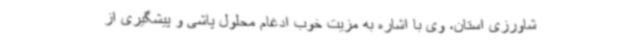
شاورزی استان، وی با اشاره به مزیت خوب ادغام محلول پاشی و پیشگیری از